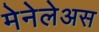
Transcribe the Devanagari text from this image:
मेनेलेअस